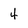
Character: 4